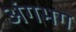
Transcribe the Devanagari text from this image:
अंगभग